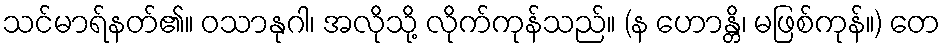
သင်မာရ်နတ်၏။ ဝသာနုဂါ၊ အလိုသို့ လိုက်ကုန်သည်။ (န ဟောန္တိ၊ မဖြစ်ကုန်။) တေ